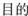
目的